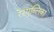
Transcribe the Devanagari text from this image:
रेस्पुब्लिका